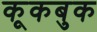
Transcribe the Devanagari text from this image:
कूकबुक